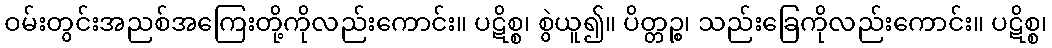
ဝမ်းတွင်းအညစ်အကြေးတို့ကိုလည်းကောင်း။ ပဋိစ္စ၊ စွဲယူ၍။ ပိတ္တဉ္စ၊ သည်းခြေကိုလည်းကောင်း။ ပဋိစ္စ၊